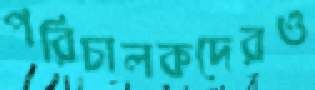
পরিচালকদেরও